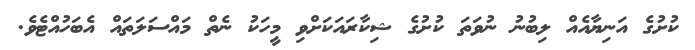
ކުށުގެ އަނިޔާއެއް ލިބުނު ނުވަތަ ކުށުގެ ޝިކާރައަކަށްވި މީހަކު ނެތް މައްސަލަތައް އެބަހުއްޓެވެ.